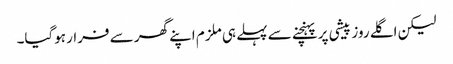
لیکن اگلے روز پیشی پر پہنچنے سے پہلے ہی ملزم اپنے گھر سے فرار ہوگیا۔